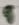
Text: 5